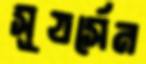
সূযর্সেন